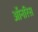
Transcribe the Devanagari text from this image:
ऑनरिस